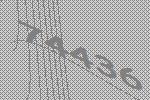
74436